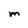
Character: M